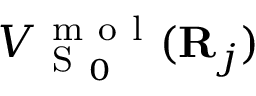
V _ { \mathrm { ~ S ~ } _ { 0 } } ^ { \mathrm { ~ m ~ o ~ l ~ } } ( { \bf { R } } _ { j } )